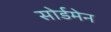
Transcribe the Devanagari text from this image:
सोर्डमेन